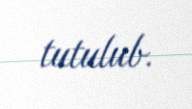
tutulub.